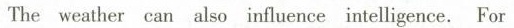
The weather can also influence intelligence. For